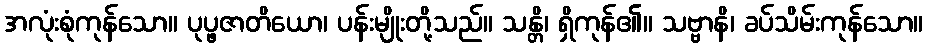
အလုံးစုံကုန်သော။ ပုပ္ဖဇာတိယော၊ ပန်းမျိုးတို့သည်။ သန္တိ၊ ရှိကုန်၏။ သဗ္ဗာနိ၊ ခပ်သိမ်းကုန်သော။